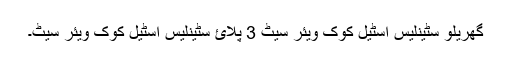
گھریلو سٹینلیس اسٹیل کوک ویئر سیٹ 3 پلائ سٹینلیس اسٹیل کوک ویئر سیٹ۔